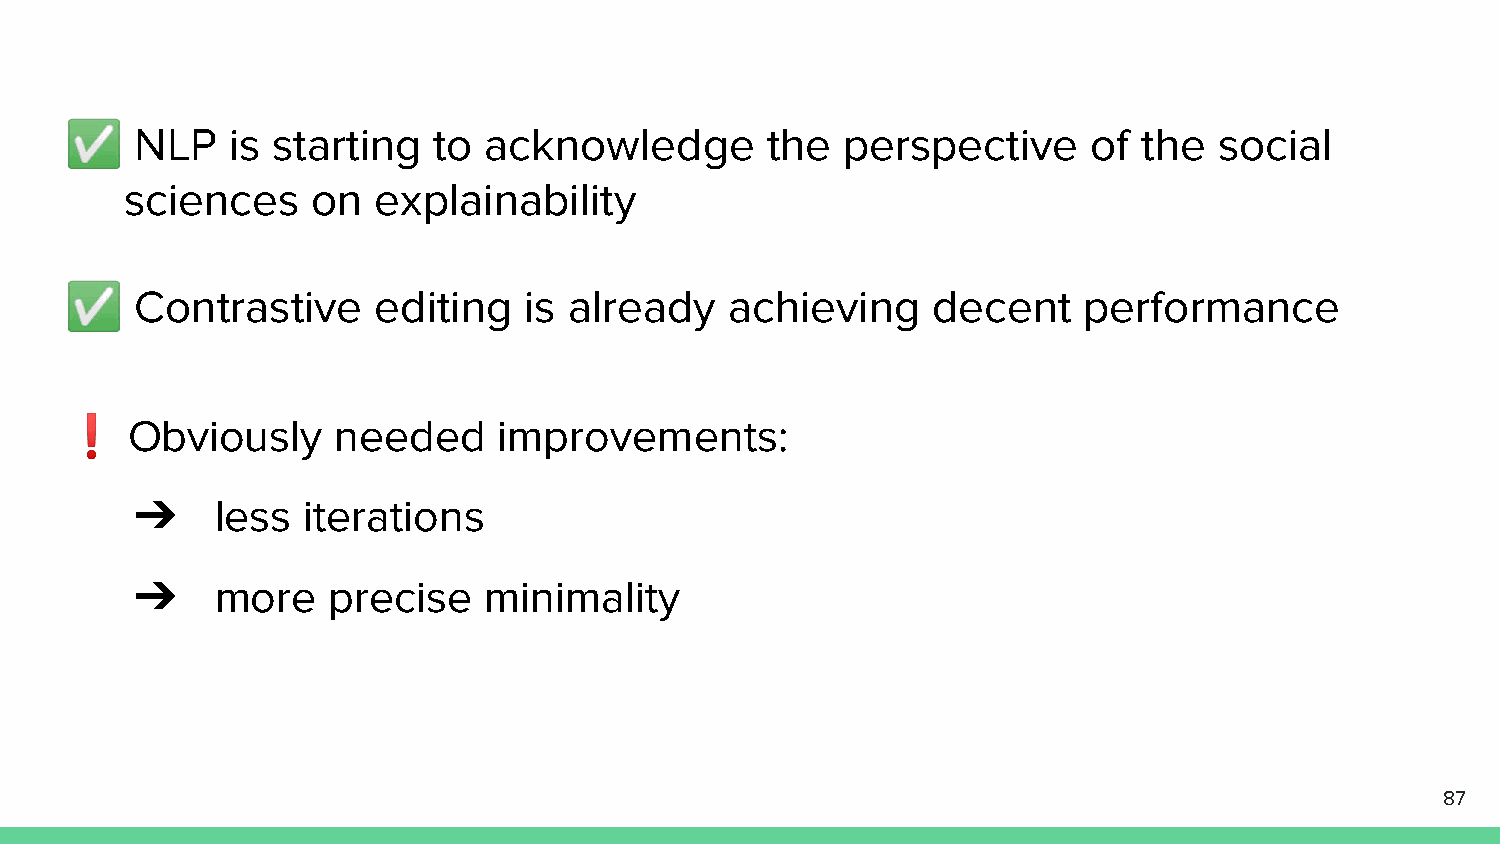
✅    NLP   is starting   to acknowledge        the  perspective     of  the  social
 sciences     on  explainability
 ✅    Contrastive     editing   is already   achieving     decent    performance
 ❗   Obviously     needed     improvements:
 ➔    less  iterations
 ➔    more    precise   minimality
 87